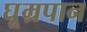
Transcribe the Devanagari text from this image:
घूम्रपान